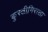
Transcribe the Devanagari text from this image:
कुस्तीगिराला